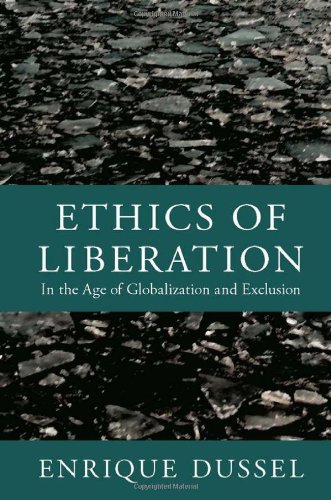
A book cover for Ethics of Liberation: In the Age of Globalization and Exclusion (Latin America Otherwise); EnriquÃ© Dussel; Christian Books & Bibles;